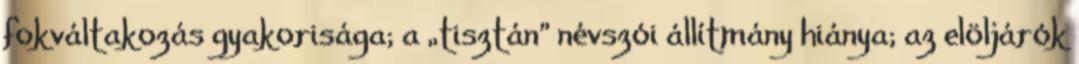
fokváltakozás gyakorisága; a „tisztán” névszói állítmány hiánya; az elöljárók